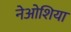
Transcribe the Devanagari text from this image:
नेओशिया